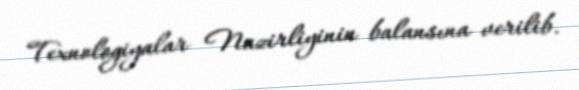
Texnologiyalar Nazirliyinin balansına verilib.